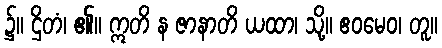
၌။ ဌိတံ၊ ၏။ ဣတိ န ဇာနာတိ ယထာ၊ သို့။ ဧဝမေဝ၊ တူ။